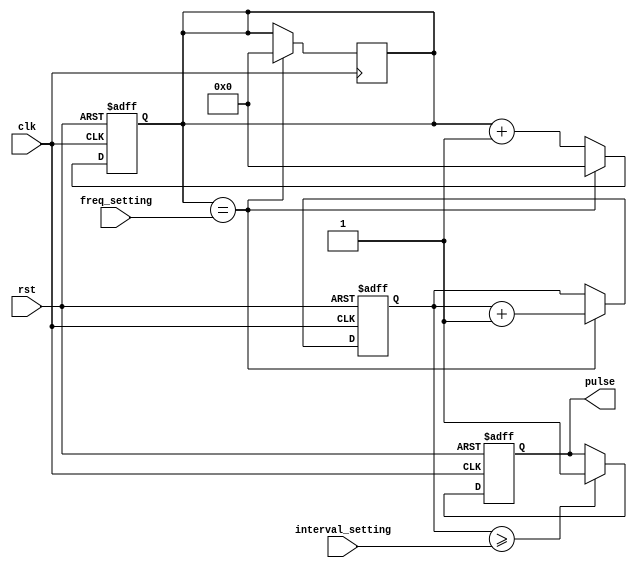
module async_pulse_generator (
    input wire clk,
    input wire rst,
    input wire [7:0] freq_setting,
    input wire [7:0] interval_setting,
    output reg pulse
);

// Free-running oscillator with adjustable frequency settings
reg [13:0] count;
always @ (posedge clk or posedge rst)
    if (rst)
        count <= 0;
    else if (count == freq_setting)
        count <= 0;
    else
        count <= count + 1;

// Phase-locked loop for precise synchronization
always @ (posedge clk)
    if (count == freq_setting)
        count <= 0;

// Counter to generate pulse signal at specific intervals
reg [7:0] interval_count;
always @ (posedge clk or posedge rst)
    if (rst)
        interval_count <= 0;
    else if (count == freq_setting)
        interval_count <= interval_count + 1;

// Logic gates to control timing and duration of generated pulses
always @ (posedge clk or posedge rst)
    if (rst)
        pulse <= 0;
    else if (interval_count >= interval_setting)
        pulse <= 1;

endmodule